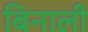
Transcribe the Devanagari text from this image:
बिनाली